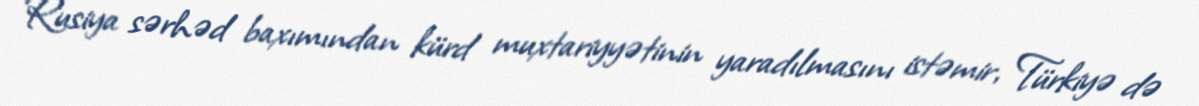
Rusiya sərhəd baxımından kürd muxtariyyətinin yaradılmasını istəmir, Türkiyə də